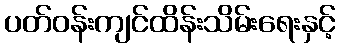
ပတ်ဝန်းကျင်ထိန်းသိမ်းရေးနှင့်